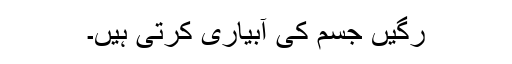
رَگیں جسم کی آبیاری کرتی ہیں۔